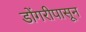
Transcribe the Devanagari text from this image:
डोंगरीपासून